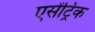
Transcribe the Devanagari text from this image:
एसेंट्रिक